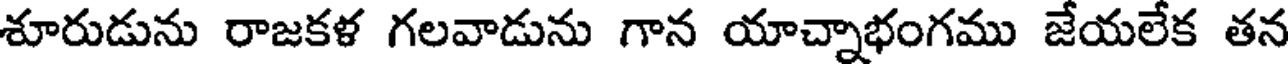
శూరుడును రాజకళ గలవాడును గాన యాచ్నాభంగము జేయలేక తన